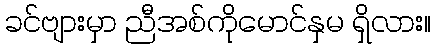
ခင်ဗျားမှာ ညီအစ်ကိုမောင်နှမ ရှိလား။